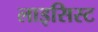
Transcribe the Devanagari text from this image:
लाइसिस्ट